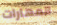
المهارات